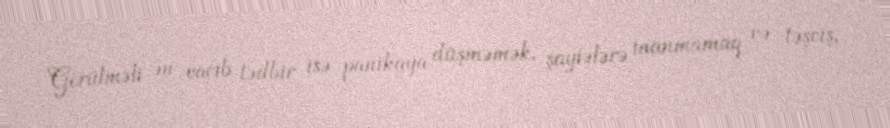
Görülməli ən vacib tədbir isə panikaya düşməmək, şayiələrə inanmamaq və təşviş,